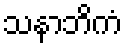
သနာဘိကံ